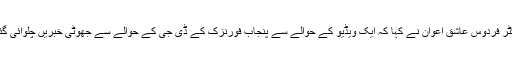
ڈاکٹر فردوس عاشق اعوان نے کہا کہ ایک ویڈیو کے حوالے سے پنجاب فورنزک کے ڈی جی کے حوالے سے جھوٹی خبریں چلوائی گئیں۔